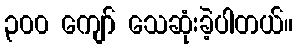
၃၀၀ ကျော် သေဆုံးခဲ့ပါတယ်။